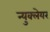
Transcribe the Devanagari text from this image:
न्युक्लेयर